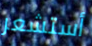
أستشعر